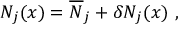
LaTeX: N _ { j } ( x ) = { \overline { { N } } } _ { j } + \delta N _ { j } ( x ) \ ,